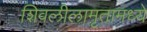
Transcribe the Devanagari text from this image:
शिवलीलामृतामध्ये